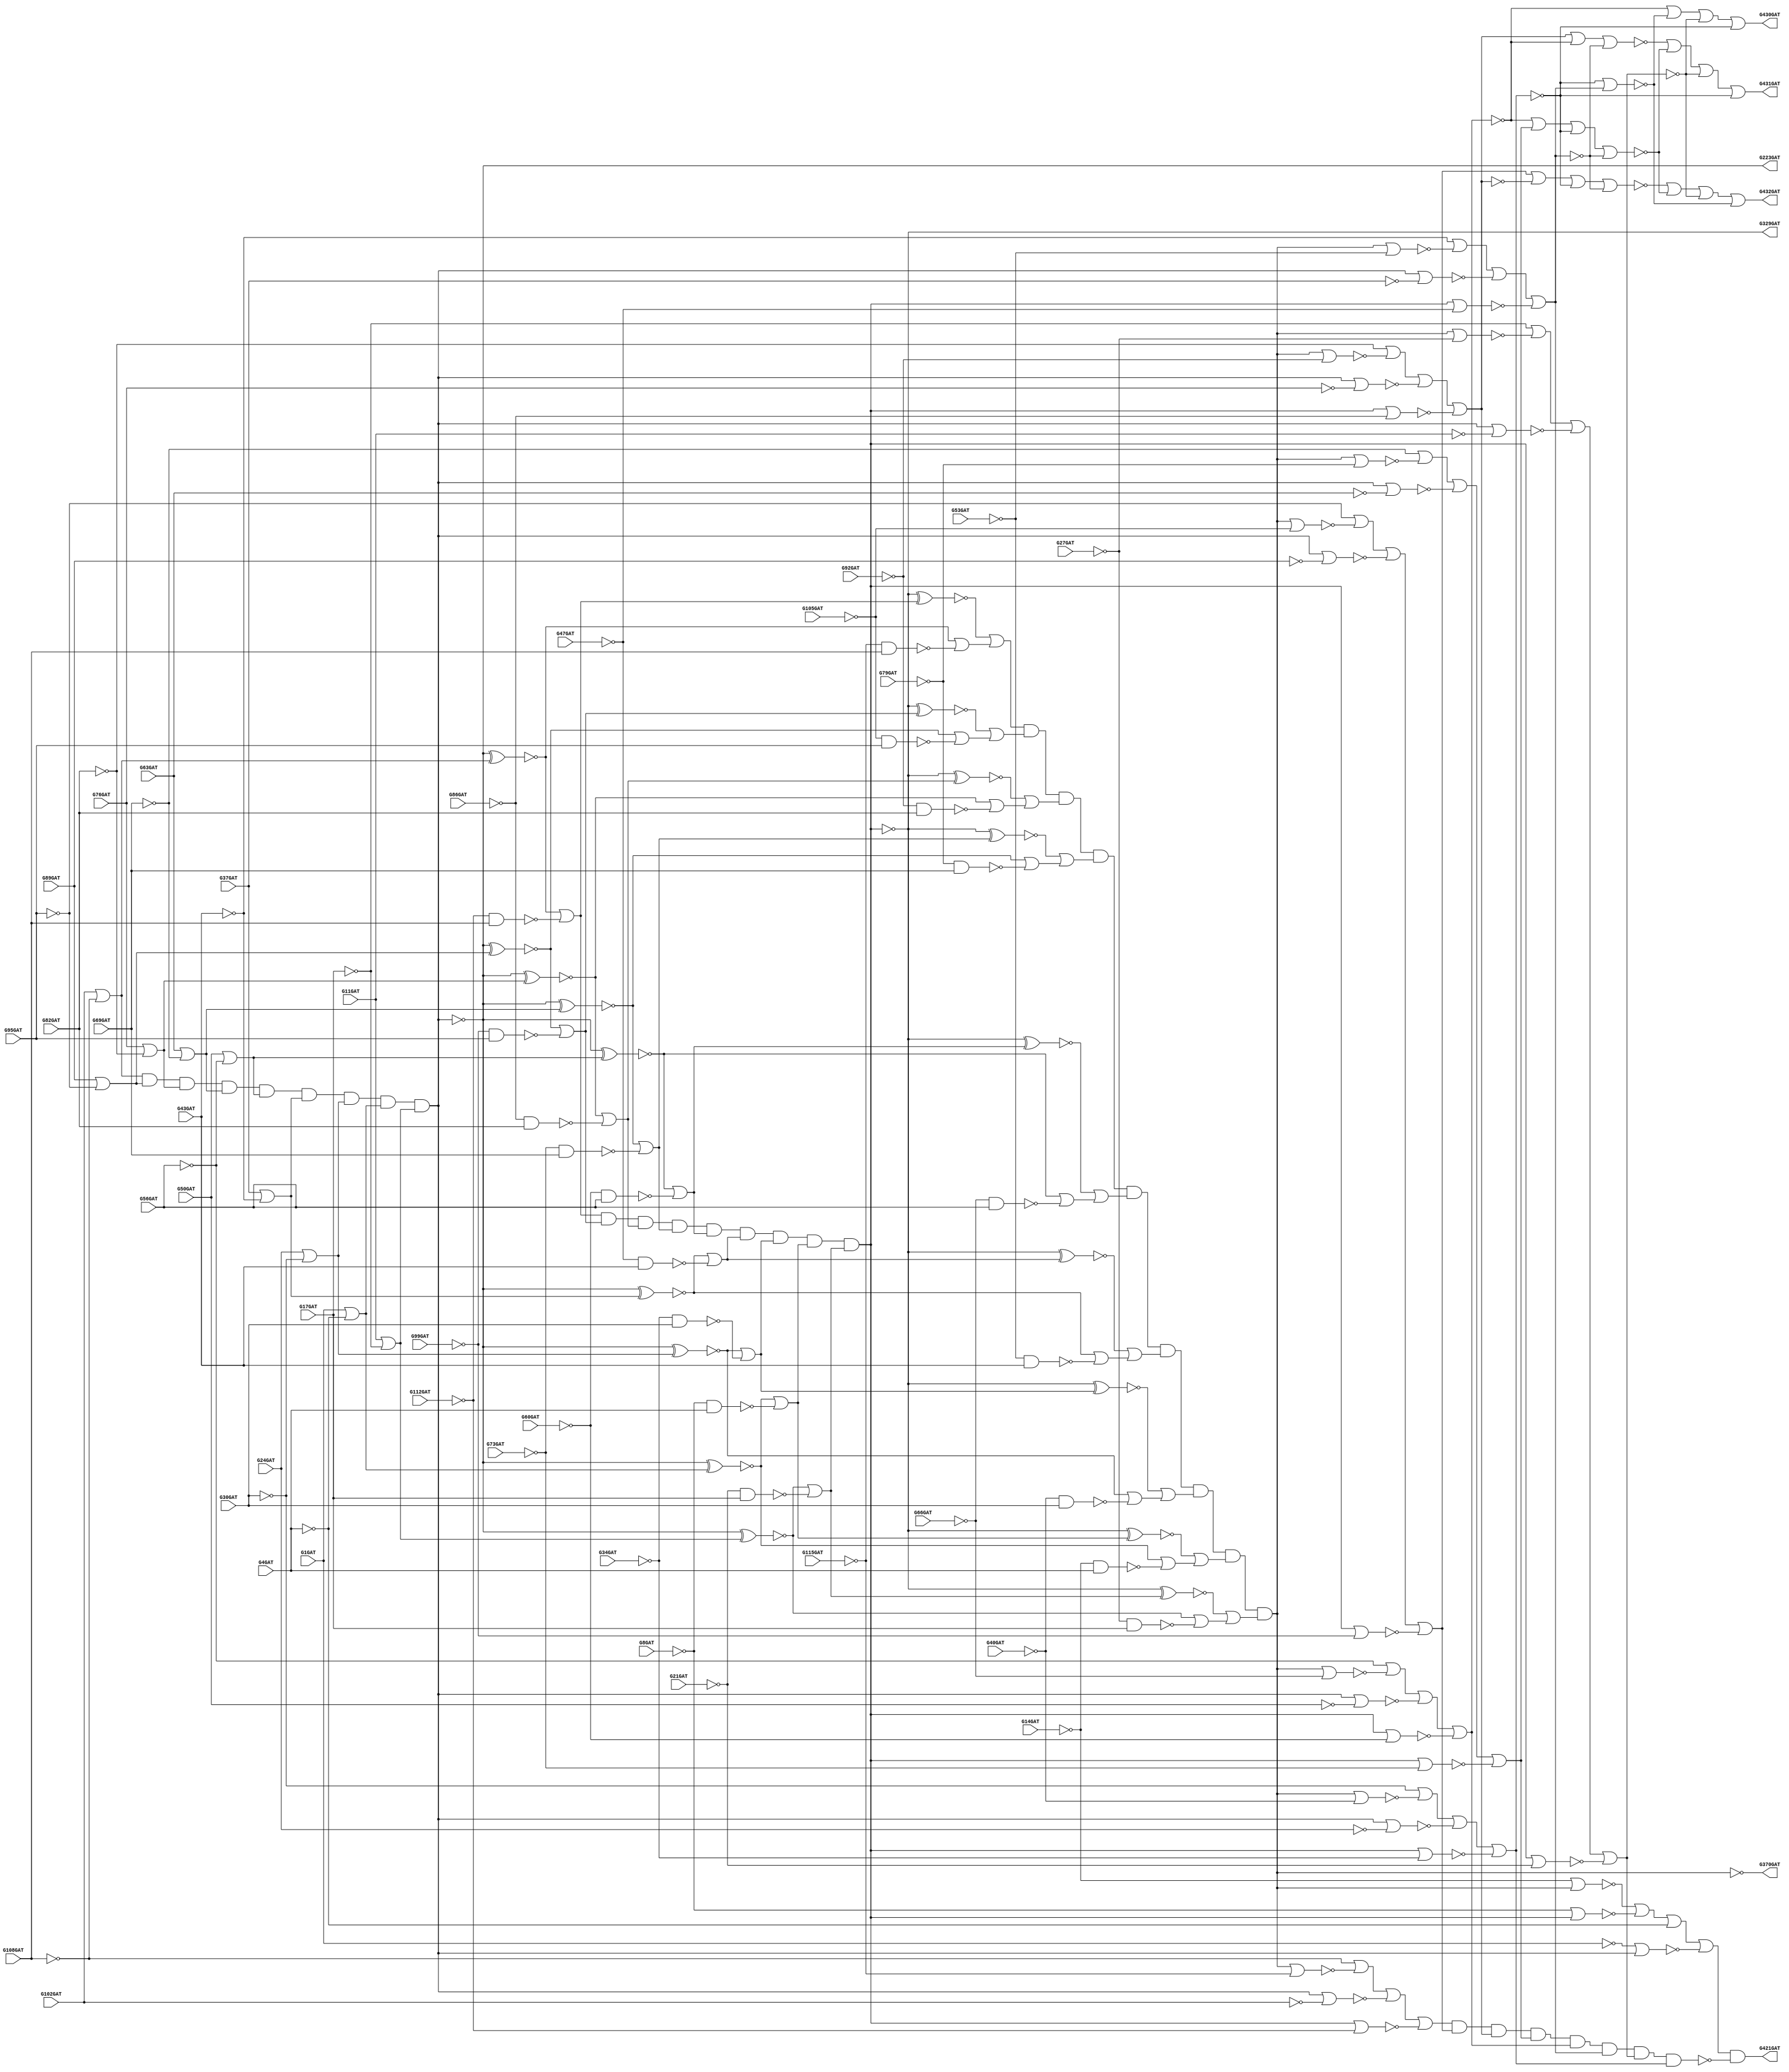
// Benchmark "c432" written by ABC on Tue Feb  4 01:12:58 2020

module c432_10 ( 
    G1GAT, G4GAT, G8GAT, G11GAT, G14GAT, G17GAT, G21GAT, G24GAT, G27GAT,
    G30GAT, G34GAT, G37GAT, G40GAT, G43GAT, G47GAT, G50GAT, G53GAT, G56GAT,
    G60GAT, G63GAT, G66GAT, G69GAT, G73GAT, G76GAT, G79GAT, G82GAT, G86GAT,
    G89GAT, G92GAT, G95GAT, G99GAT, G102GAT, G105GAT, G108GAT, G112GAT,
    G115GAT,
    G223GAT, G329GAT, G370GAT, G421GAT, G430GAT, G431GAT, G432GAT  );
  input  G1GAT, G4GAT, G8GAT, G11GAT, G14GAT, G17GAT, G21GAT, G24GAT,
    G27GAT, G30GAT, G34GAT, G37GAT, G40GAT, G43GAT, G47GAT, G50GAT, G53GAT,
    G56GAT, G60GAT, G63GAT, G66GAT, G69GAT, G73GAT, G76GAT, G79GAT, G82GAT,
    G86GAT, G89GAT, G92GAT, G95GAT, G99GAT, G102GAT, G105GAT, G108GAT,
    G112GAT, G115GAT;
  output G223GAT, G329GAT, G370GAT, G421GAT, G430GAT, G431GAT, G432GAT;
  wire G118GAT, G119GAT, G122GAT, G123GAT, G126GAT, G127GAT, G130GAT,
    G131GAT, G134GAT, G135GAT, G138GAT, G139GAT, G142GAT, G143GAT, G146GAT,
    G147GAT, G150GAT, G151GAT, G154GAT, G157GAT, G158GAT, G159GAT, G162GAT,
    G165GAT, G168GAT, G171GAT, G174GAT, G177GAT, G180GAT, G183GAT, G184GAT,
    G185GAT, G186GAT, G187GAT, G188GAT, G189GAT, G190GAT, G191GAT, G192GAT,
    G193GAT, G194GAT, G195GAT, G196GAT, G197GAT, G198GAT, G199GAT, G203GAT,
    G213GAT, G224GAT, G227GAT, G230GAT, G233GAT, G236GAT, G239GAT, G242GAT,
    G243GAT, G246GAT, G247GAT, G250GAT, G251GAT, G254GAT, G255GAT, G256GAT,
    G257GAT, G258GAT, G259GAT, G260GAT, G263GAT, G264GAT, G267GAT, G270GAT,
    G273GAT, G276GAT, G279GAT, G282GAT, G285GAT, G288GAT, G289GAT, G290GAT,
    G291GAT, G292GAT, G293GAT, G294GAT, G295GAT, G296GAT, G300GAT, G301GAT,
    G302GAT, G303GAT, G304GAT, G305GAT, G306GAT, G307GAT, G308GAT, G309GAT,
    G319GAT, G330GAT, G331GAT, G332GAT, G333GAT, G334GAT, G335GAT, G336GAT,
    G337GAT, G338GAT, G339GAT, G340GAT, G341GAT, G342GAT, G343GAT, G344GAT,
    G345GAT, G346GAT, G347GAT, G348GAT, G349GAT, G350GAT, G351GAT, G352GAT,
    G353GAT, G354GAT, G355GAT, G356GAT, G357GAT, G360GAT, G371GAT, G372GAT,
    G373GAT, G374GAT, G375GAT, G376GAT, G377GAT, G378GAT, G379GAT, G380GAT,
    G381GAT, G386GAT, G393GAT, G399GAT, G404GAT, G407GAT, G411GAT, G414GAT,
    G415GAT, G416GAT, G417GAT, G418GAT, G419GAT, G420GAT, G422GAT, G425GAT,
    G428GAT, G429GAT;
  assign G118GAT = ~G1GAT;
  assign G119GAT = ~G4GAT;
  assign G122GAT = ~G11GAT;
  assign G123GAT = ~G17GAT;
  assign G126GAT = ~G24GAT;
  assign G127GAT = ~G30GAT;
  assign G130GAT = ~G37GAT;
  assign G131GAT = ~G43GAT;
  assign G134GAT = ~G50GAT;
  assign G135GAT = ~G56GAT;
  assign G138GAT = ~G63GAT;
  assign G139GAT = ~G69GAT;
  assign G142GAT = ~G76GAT;
  assign G143GAT = ~G82GAT;
  assign G146GAT = ~G89GAT;
  assign G147GAT = ~G95GAT;
  assign G150GAT = ~G102GAT;
  assign G151GAT = ~G108GAT;
  assign G154GAT = ~G118GAT | ~G4GAT;
  assign G157GAT = ~G8GAT & ~G119GAT;
  assign G158GAT = ~G14GAT & ~G119GAT;
  assign G159GAT = ~G122GAT | ~G17GAT;
  assign G162GAT = ~G126GAT | ~G30GAT;
  assign G165GAT = ~G130GAT | ~G43GAT;
  assign G168GAT = ~G134GAT | ~G56GAT;
  assign G171GAT = ~G138GAT | ~G69GAT;
  assign G174GAT = ~G142GAT | ~G82GAT;
  assign G177GAT = ~G146GAT | ~G95GAT;
  assign G180GAT = ~G150GAT | ~G108GAT;
  assign G183GAT = ~G21GAT & ~G123GAT;
  assign G184GAT = ~G27GAT & ~G123GAT;
  assign G185GAT = ~G34GAT & ~G127GAT;
  assign G186GAT = ~G40GAT & ~G127GAT;
  assign G187GAT = ~G47GAT & ~G131GAT;
  assign G188GAT = ~G53GAT & ~G131GAT;
  assign G189GAT = ~G60GAT & ~G135GAT;
  assign G190GAT = ~G66GAT & ~G135GAT;
  assign G191GAT = ~G73GAT & ~G139GAT;
  assign G192GAT = ~G79GAT & ~G139GAT;
  assign G193GAT = ~G86GAT & ~G143GAT;
  assign G194GAT = ~G92GAT & ~G143GAT;
  assign G195GAT = ~G99GAT & ~G147GAT;
  assign G196GAT = ~G105GAT & ~G147GAT;
  assign G197GAT = ~G112GAT & ~G151GAT;
  assign G198GAT = ~G115GAT & ~G151GAT;
  assign G199GAT = G180GAT & G177GAT & G174GAT & G171GAT & G168GAT & G165GAT & G162GAT & G154GAT & G159GAT;
  assign G203GAT = ~G199GAT;
  assign G213GAT = ~G199GAT;
  assign G223GAT = ~G199GAT;
  assign G224GAT = G203GAT ^ G154GAT;
  assign G227GAT = G203GAT ^ G159GAT;
  assign G230GAT = G203GAT ^ G162GAT;
  assign G233GAT = G203GAT ^ G165GAT;
  assign G236GAT = G203GAT ^ G168GAT;
  assign G239GAT = G203GAT ^ G171GAT;
  assign G242GAT = ~G1GAT | ~G213GAT;
  assign G243GAT = G203GAT ^ G174GAT;
  assign G246GAT = ~G213GAT | ~G11GAT;
  assign G247GAT = G203GAT ^ G177GAT;
  assign G250GAT = ~G213GAT | ~G24GAT;
  assign G251GAT = G203GAT ^ G180GAT;
  assign G254GAT = ~G213GAT | ~G37GAT;
  assign G255GAT = ~G213GAT | ~G50GAT;
  assign G256GAT = ~G213GAT | ~G63GAT;
  assign G257GAT = ~G213GAT | ~G76GAT;
  assign G258GAT = ~G213GAT | ~G89GAT;
  assign G259GAT = ~G213GAT | ~G102GAT;
  assign G260GAT = ~G224GAT | ~G157GAT;
  assign G263GAT = ~G224GAT | ~G158GAT;
  assign G264GAT = ~G227GAT | ~G183GAT;
  assign G267GAT = ~G230GAT | ~G185GAT;
  assign G270GAT = ~G233GAT | ~G187GAT;
  assign G273GAT = ~G236GAT | ~G189GAT;
  assign G276GAT = ~G239GAT | ~G191GAT;
  assign G279GAT = ~G243GAT | ~G193GAT;
  assign G282GAT = ~G247GAT | ~G195GAT;
  assign G285GAT = ~G251GAT | ~G197GAT;
  assign G288GAT = ~G227GAT | ~G184GAT;
  assign G289GAT = ~G230GAT | ~G186GAT;
  assign G290GAT = ~G233GAT | ~G188GAT;
  assign G291GAT = ~G236GAT | ~G190GAT;
  assign G292GAT = ~G239GAT | ~G192GAT;
  assign G293GAT = ~G243GAT | ~G194GAT;
  assign G294GAT = ~G247GAT | ~G196GAT;
  assign G295GAT = ~G251GAT | ~G198GAT;
  assign G296GAT = G285GAT & G282GAT & G279GAT & G276GAT & G273GAT & G270GAT & G267GAT & G260GAT & G264GAT;
  assign G300GAT = ~G263GAT;
  assign G301GAT = ~G288GAT;
  assign G302GAT = ~G289GAT;
  assign G303GAT = ~G290GAT;
  assign G304GAT = ~G291GAT;
  assign G305GAT = ~G292GAT;
  assign G306GAT = ~G293GAT;
  assign G307GAT = ~G294GAT;
  assign G308GAT = ~G295GAT;
  assign G309GAT = ~G296GAT;
  assign G319GAT = ~G296GAT;
  assign G329GAT = ~G296GAT;
  assign G330GAT = G309GAT ^ G260GAT;
  assign G331GAT = G309GAT ^ G264GAT;
  assign G332GAT = G309GAT ^ G267GAT;
  assign G333GAT = G309GAT ^ G270GAT;
  assign G334GAT = ~G8GAT | ~G319GAT;
  assign G335GAT = G309GAT ^ G273GAT;
  assign G336GAT = ~G319GAT | ~G21GAT;
  assign G337GAT = G309GAT ^ G276GAT;
  assign G338GAT = ~G319GAT | ~G34GAT;
  assign G339GAT = G309GAT ^ G279GAT;
  assign G340GAT = ~G319GAT | ~G47GAT;
  assign G341GAT = G309GAT ^ G282GAT;
  assign G342GAT = ~G319GAT | ~G60GAT;
  assign G343GAT = G309GAT ^ G285GAT;
  assign G344GAT = ~G319GAT | ~G73GAT;
  assign G345GAT = ~G319GAT | ~G86GAT;
  assign G346GAT = ~G319GAT | ~G99GAT;
  assign G347GAT = ~G319GAT | ~G112GAT;
  assign G348GAT = ~G330GAT | ~G300GAT;
  assign G349GAT = ~G331GAT | ~G301GAT;
  assign G350GAT = ~G332GAT | ~G302GAT;
  assign G351GAT = ~G333GAT | ~G303GAT;
  assign G352GAT = ~G335GAT | ~G304GAT;
  assign G353GAT = ~G337GAT | ~G305GAT;
  assign G354GAT = ~G339GAT | ~G306GAT;
  assign G355GAT = ~G341GAT | ~G307GAT;
  assign G356GAT = ~G343GAT | ~G308GAT;
  assign G357GAT = G356GAT & G355GAT & G354GAT & G353GAT & G352GAT & G351GAT & G350GAT & G348GAT & G349GAT;
  assign G360GAT = ~G357GAT;
  assign G370GAT = ~G357GAT;
  assign G371GAT = ~G14GAT | ~G360GAT;
  assign G372GAT = ~G360GAT | ~G27GAT;
  assign G373GAT = ~G360GAT | ~G40GAT;
  assign G374GAT = ~G360GAT | ~G53GAT;
  assign G375GAT = ~G360GAT | ~G66GAT;
  assign G376GAT = ~G360GAT | ~G79GAT;
  assign G377GAT = ~G360GAT | ~G92GAT;
  assign G378GAT = ~G360GAT | ~G105GAT;
  assign G379GAT = ~G360GAT | ~G115GAT;
  assign G380GAT = ~G371GAT | ~G334GAT | ~G4GAT | ~G242GAT;
  assign G381GAT = ~G17GAT | ~G372GAT | ~G246GAT | ~G336GAT;
  assign G386GAT = ~G30GAT | ~G373GAT | ~G250GAT | ~G338GAT;
  assign G393GAT = ~G43GAT | ~G374GAT | ~G254GAT | ~G340GAT;
  assign G399GAT = ~G56GAT | ~G375GAT | ~G255GAT | ~G342GAT;
  assign G404GAT = ~G69GAT | ~G376GAT | ~G256GAT | ~G344GAT;
  assign G407GAT = ~G82GAT | ~G377GAT | ~G257GAT | ~G345GAT;
  assign G411GAT = ~G95GAT | ~G378GAT | ~G258GAT | ~G346GAT;
  assign G414GAT = ~G108GAT | ~G379GAT | ~G259GAT | ~G347GAT;
  assign G415GAT = ~G380GAT;
  assign G416GAT = G414GAT & G411GAT & G407GAT & G404GAT & G399GAT & G393GAT & G381GAT & G386GAT;
  assign G417GAT = ~G393GAT;
  assign G418GAT = ~G404GAT;
  assign G419GAT = ~G407GAT;
  assign G420GAT = ~G411GAT;
  assign G421GAT = ~G415GAT & ~G416GAT;
  assign G422GAT = ~G386GAT | ~G417GAT;
  assign G425GAT = ~G399GAT | ~G418GAT | ~G386GAT | ~G393GAT;
  assign G428GAT = ~G419GAT | ~G399GAT | ~G393GAT;
  assign G429GAT = ~G420GAT | ~G407GAT | ~G386GAT | ~G393GAT;
  assign G430GAT = ~G399GAT | ~G422GAT | ~G381GAT | ~G386GAT;
  assign G431GAT = ~G428GAT | ~G425GAT | ~G381GAT | ~G386GAT;
  assign G432GAT = ~G429GAT | ~G425GAT | ~G381GAT | ~G422GAT;
endmodule